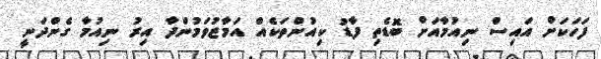
ފަހަކަށް އައިސް ނިއުމާއަށް ބޮޑެތި ފާޑު ކިއުންތަކެއް އަމާޒުވަމުންދާ އިރު ނިއުމާ ގެންދަނީ